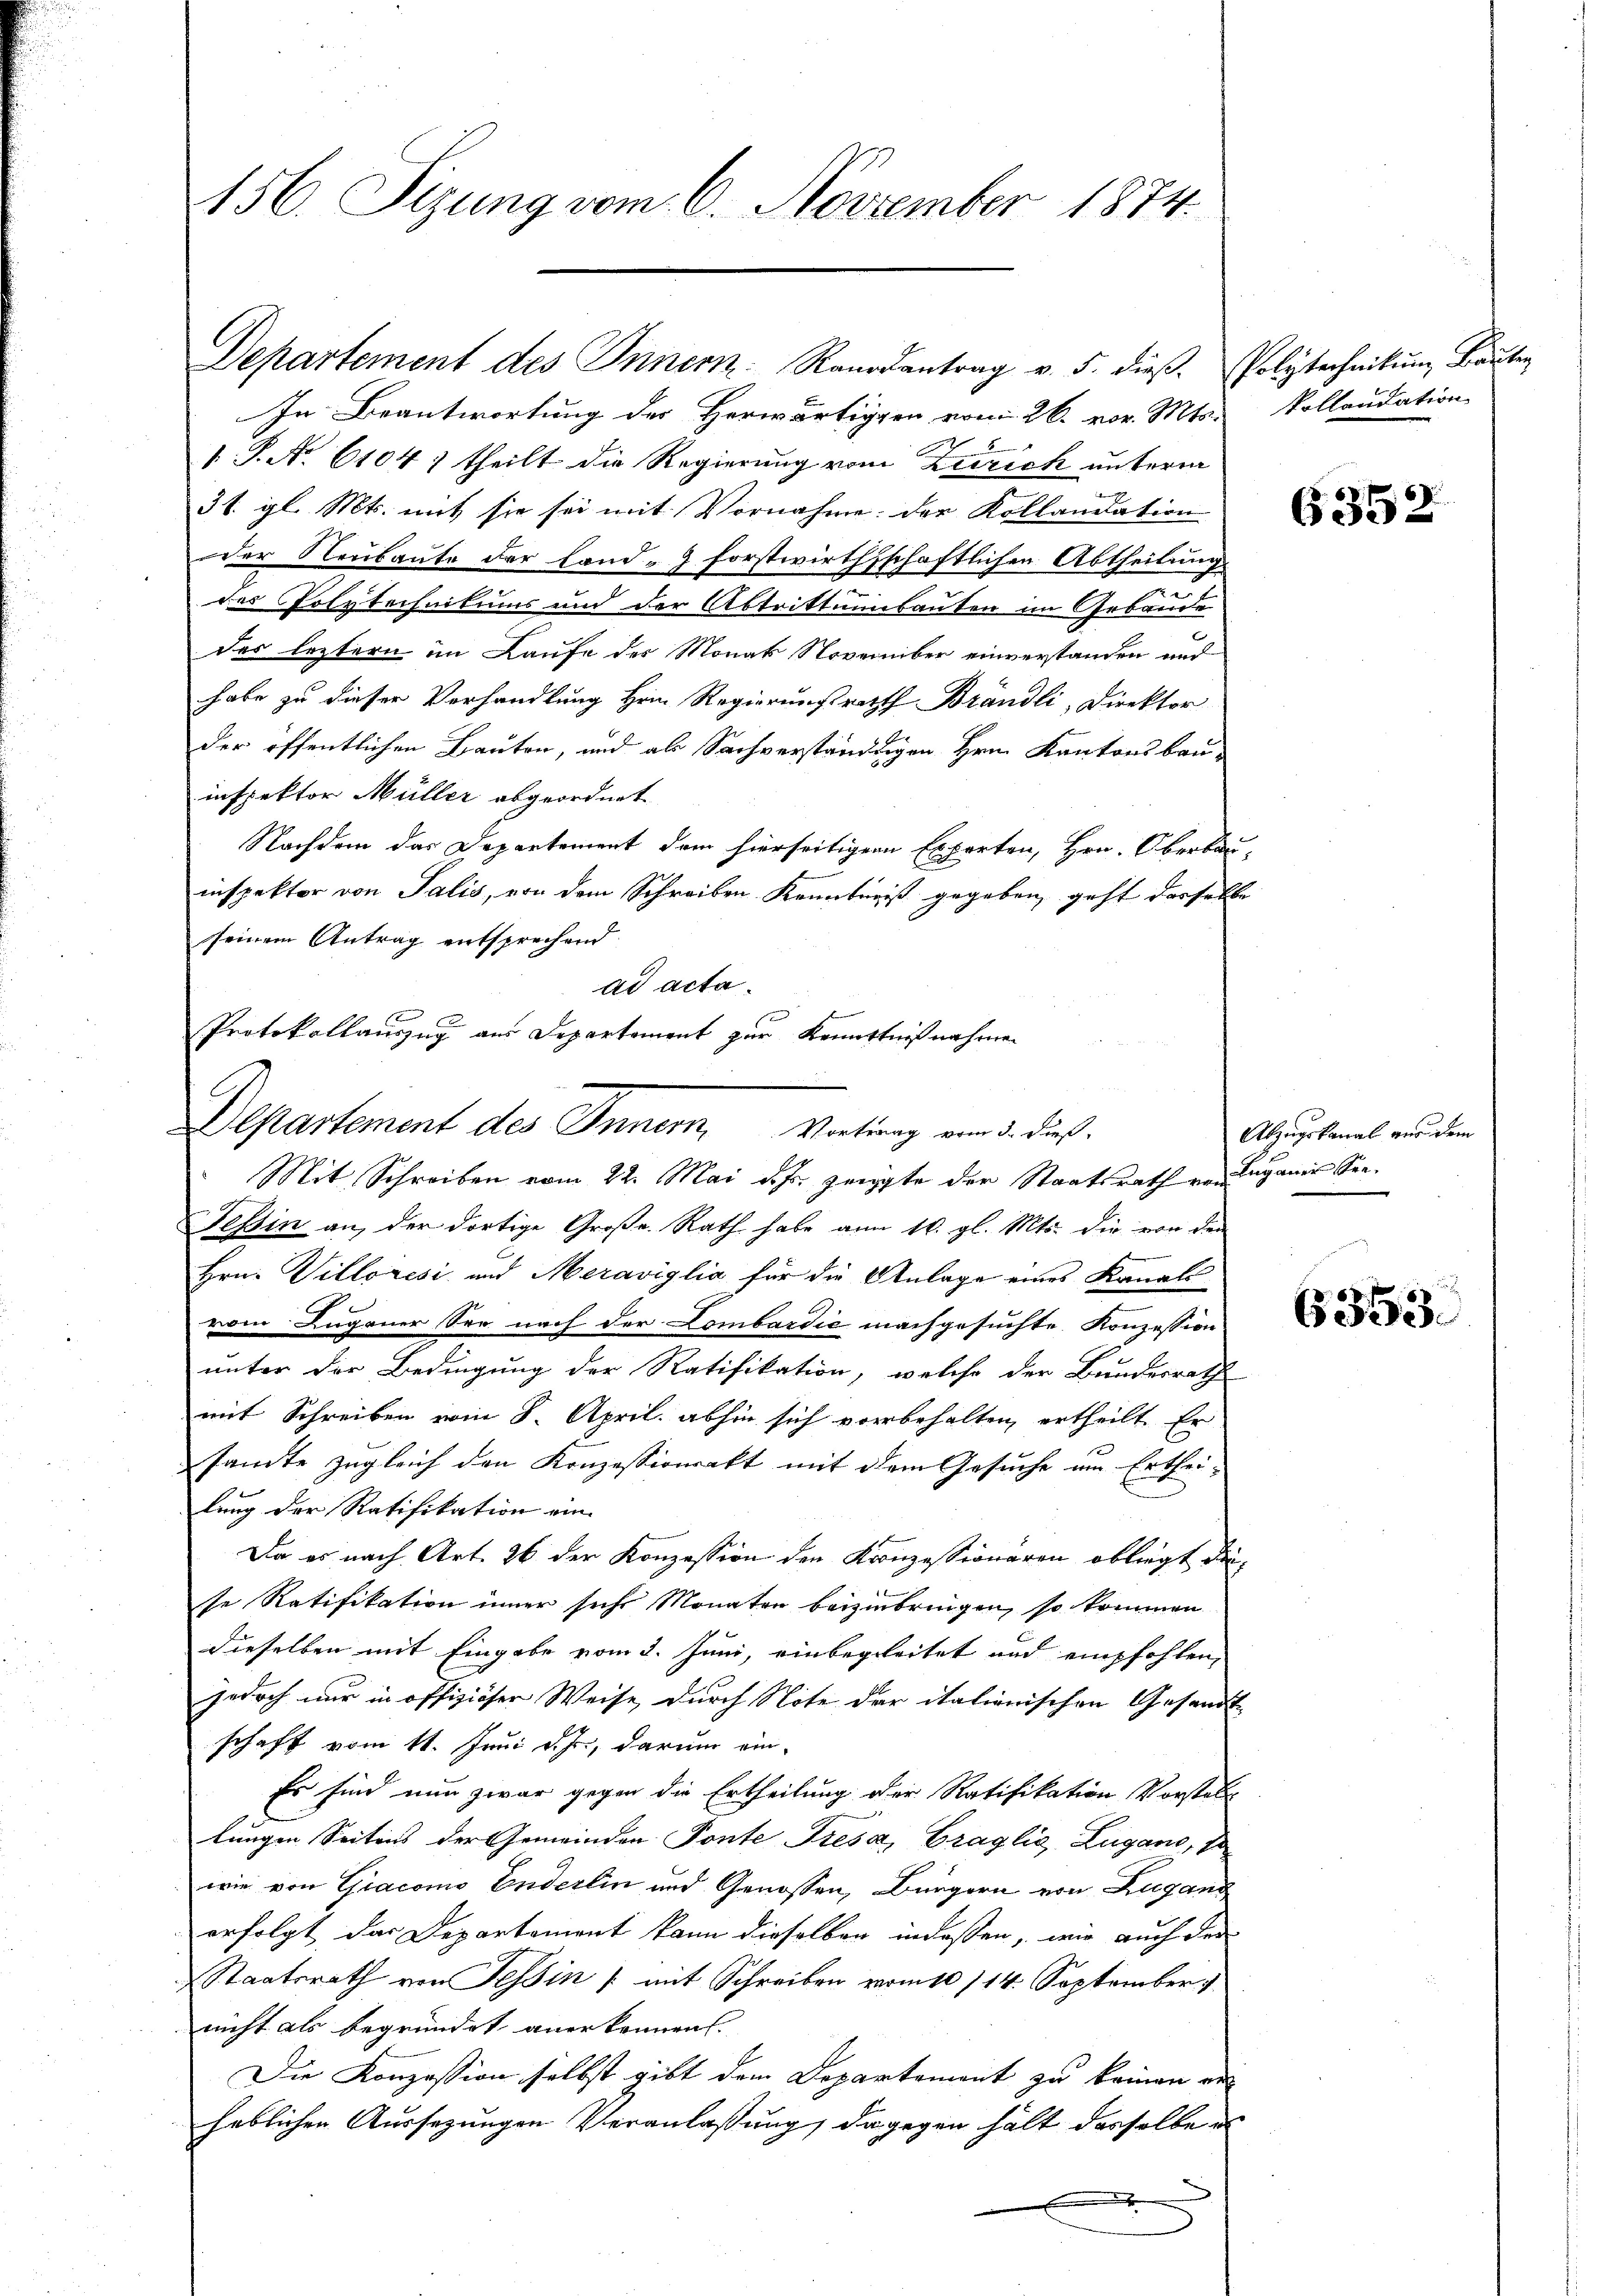
156. Sizung vom 6. November 1874.

Departement des Innern Randantrag v. 5. dieβ. Polytechnikum Bauten
In Beantwortung des Herwärtigen vom 26. vor. Mts.
1 P. No. 6104) theilt die Regierung vom Zürich unterm
31. gl. Mts. mit sie sei mit Vornahme: der Kollandation
der Neubaute der Land - 9 forstwirthschaftlichen Abtheilung
des Polytechnikums und der Abtrittungsanten im Gebäude
des leztern im Laufe des Monats November einverstanden und
habe zu dieser Verhandlung Hein Regierungsrath Brändli, Direktor
der öffentlichen Bauten, und als Sachverständigen Hrn. Kantonsbauinspektor Müller abgeordnet.
Nachdem das Departement dem hierseitiger Experten, Hrn. Oberbau-
inspektor von Salis, von dem Schreiben Kenntniß gegeben, geht dasselbe
seinem Antrag entsprechend.
ad acta.
Protokollauszug aus Departement zur Kenntnißnahmen
Mit Schreiben vom 22. Mai dass zeigte der Staatsrath von Luganer See¬
Tessin an, der dortige Große Rath habe am 16. gl. Mts. die von den
Hrn. Villoresi und Meraviglia für die Anlage eines Kanals
vom Lugener See nach der Lombardie nachgesuchte Konzession
unter der Bedingung der Ratifikation, welche der Bundesrath
mit Schreiben vom 8. April abhin sich vorbehalten, ertheilt. Er
sante zugleich den Konzessionsakt mit dem Gesuche um Erthei-
lung der Ratifikation ein
Da es nach Art. 26 der Konzession den Kronzessionaren obliegt die
se Ratifikation inner sechs Monaten beizubringen, so kommen
dieselben mit Eingabe vom 2. Juni, einbegleitet und empfohlen,
Jedoch nur in offiziöser Weise, durch Note der italienischen Gesandt-
schaft vom 11. Juni d. Js., darum ein-
Es sind nun zwar gegen die Ertheilung der Ratifikation Vorstellt
lungen Seitens der Gemeinden Ponte Fresa, Fraglia, Zugano, 7
wie von Giacomo Enderlin und Genossen, Bürgern von Zugang
erfolgt, das Departement kann dieselben in dassen, wie auch der
Staatsrath von Tessin /: mit Schreiben vom 10/14. September
nicht als begründet anerkennen.
Die Konzession selbst gibt dem Departement zu keinen en
heblichen Aussezungen Veranlaßung, dagegen hält derselbe e
............

Departement des Innern, Vortrag vom 3. dieß.

Pollaudation

6352

Abzugskanal aus dem

6353.